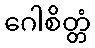
ဂေါစိတ္တံ